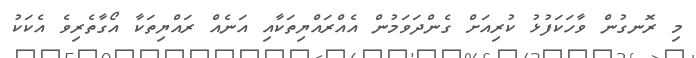
މި ރޮނގުން ވާހަކަފުޅު ކުރިއަށް ގެންދަވަމުން އެއްރައްޔިތަކާއި އަނެއް ރައްޔިތަކާ އޯގާތެރިވެ އެކަކު